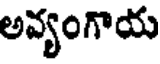
అవ్యంగాయ